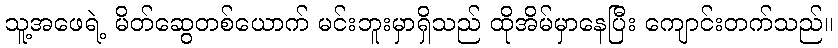
သူ့အဖေရဲ့ မိတ်ဆွေတစ်ယောက် မင်းဘူးမှာရှိသည် ထိုအိမ်မှာနေပြီး ကျောင်းတက်သည်။